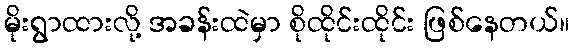
မိုးရွာထားလို့ အခန်းထဲမှာ စိုထိုင်းထိုင်း ဖြစ်နေတယ်။